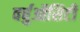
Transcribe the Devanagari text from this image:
वर्चुऑसिटी